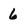
Character: 6